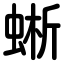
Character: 蜥